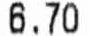
6.70